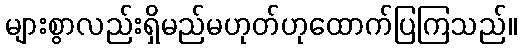
များစွာလည်းရှိမည်မဟုတ်ဟုထောက်ပြကြသည်။